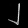
Digit: ၂